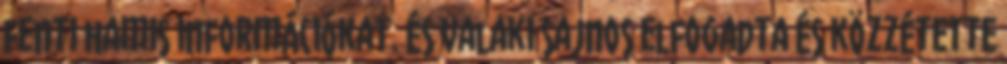
fenti hamis információkat. És valaki sajnos elfogadta és közzétette